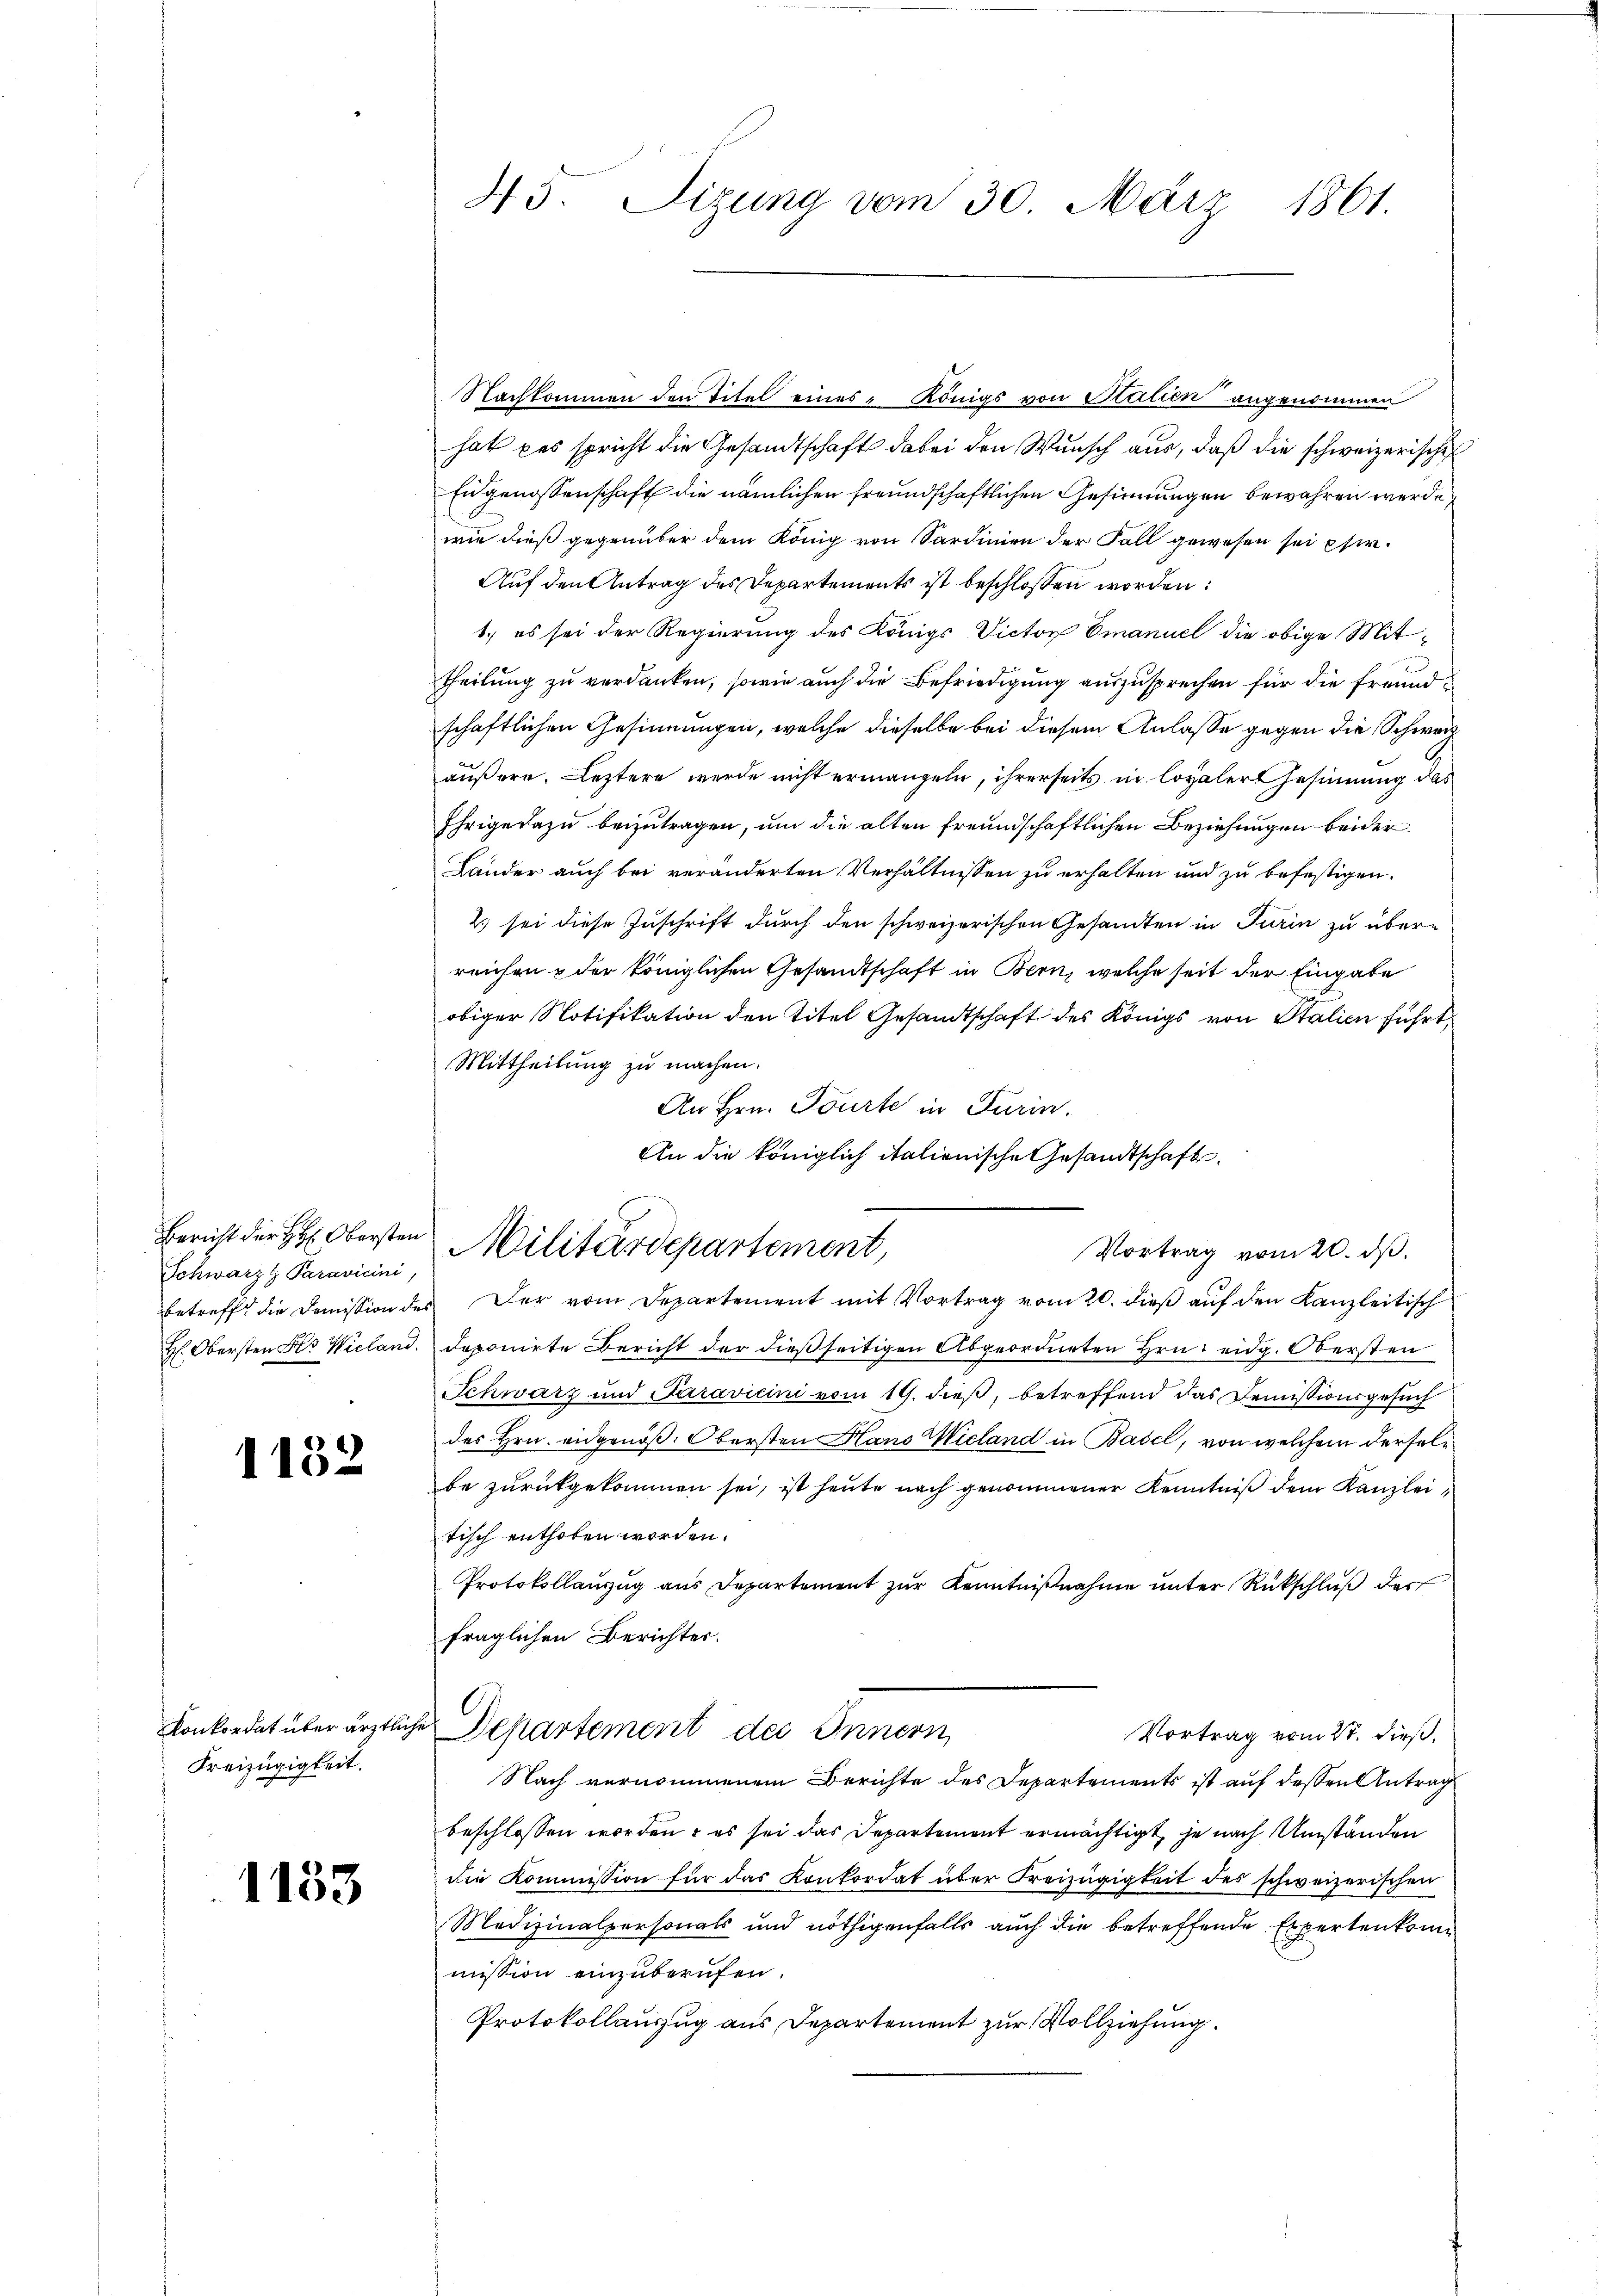
Schwarz Paravicini,

1132

Konkordat über ärztliche
Freizügigkeit.

1133

45. Sizung vom 30. März 1861.

Nachkommen den Titel eines Königs von Statien angenommen
hat das spricht die Gesandtschaft dabei den Wunsch aus, daß die schweizerische
Eugenossenschaft die nämlichen Freundschaftlichen Gesinnungen bewahren werde,
wie dieß gegenüber dem König von Sardinien der Fall gewesen sei pfir¬
Auf den Antrag des Departements ist beschlossen worden:
1.) es sei der Regierung des Königs Victor Emanuel die obige Mittheilung zu verdanken, sowie auch die Befriedigung auszusprechen für die freundschaftlichen Gesinnungen, welche dieselbe bei diesem Anlasse gegen die Schweräußere. Leztere werde nicht ermangeln, ihrerseits in loyaler Gesinnung das
Ihrige dazu beizutragen, um die alten freundschaftlichen Beziehungen beider
Länder auch bei veränderten Verhältnissen zu erhalten und zu befestigen.
2.) sei diese Zuschrift durch den schweizerischen Gesandten in Turin zu überreichen & der königlichen Gesandtschaft in Bern, welche seit der Eingabe
obiger Notifikation den Titel Gesandtschaft des Königs von Stalien führt,
Mittheilung zu machen.
An Hrn. Tourte in Turin.
An die königlich italienische Gesandtschaft
Vortrag vom 20. ds.
betreff die Domission des Der vom Departement mit Vortrag vom 20. dieß auf den Kanzleitisch
H. Obersten Hr. Wieland, deponirte Bericht der dießseitigen Abgeordneten Hrn. eidg. Obersten
Schwarz und Paravicini vom 19. dieß, betreffend das Demissionsgesuch
des Hrn. eidgenöß. Obersten Hans Wieland in Basel, von welchem derselbe zurückgekommen sei, ist heute nach genommener Kenntniß dem Kanzlei
tisch enthoben worden.
Protokollanzug aus Departement zur Kenntnißnahme unter Rückschluß der
fraglichen Berichtes.
 Departement des Innern
Vortrag vom 27. dieß,
Nach vernommenem Berichte des Departements ist auf dessen Antrag
beschlossen worden; es sei das Departement ermächtigt, je nach Umständen
die Kommission für das Konkordat über Freizügigkeit des schweizerischen
Medizinalpersonals und nöthigenfalls auch die betreffende Expertenkommission einzuberufen.
Protokollauszug aus Departement zur Vollziehung.

Bericht der H: Obersten Militärdepartement,